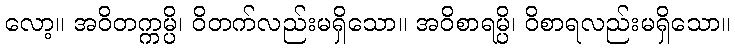
လော့။ အဝိတက္ကမ္ပိ၊ ဝိတက်လည်းမရှိသော။ အဝိစာရမ္ပိ၊ ဝိစာရလည်းမရှိသော။